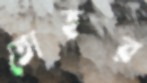
তোহর